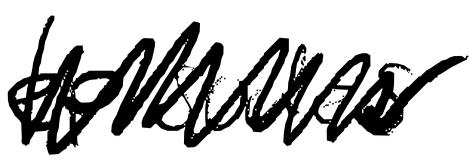
Text: episodes.
Cross-out: mix
Writing tool: digital_black